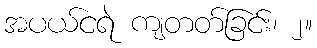
အပယ်ငရဲ ကျတတ်ခြင်း၊ ၂။